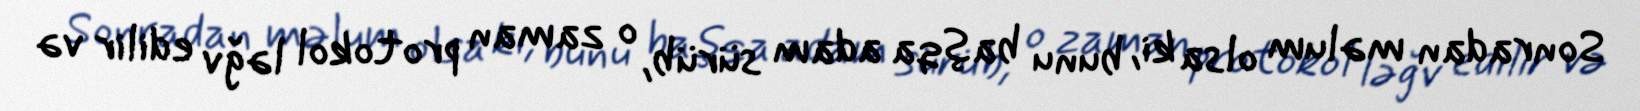
Sonradan məlum olsa ki, bunu başqa adam sürüb, o zaman protokol ləğv edilir və